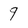
Character: 9